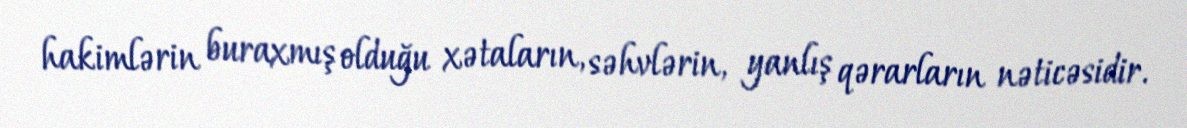
hakimlərin buraxmış olduğu xətaların, səhvlərin, yanlış qərarların nəticəsidir.